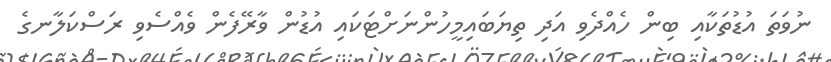
ނުވަތަ އުޑުތަކާއި ބިން ހެއްދެވި އަދި ތިޔަބައިމީހުންނަށްޓަކައި އުޑުން ވާރޭފެން ވެއްސެވި ރަސްކަލާނގެ